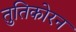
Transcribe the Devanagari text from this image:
तुतिकोरन